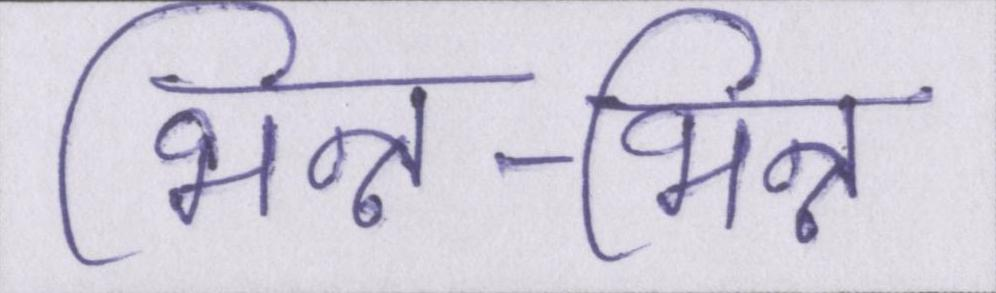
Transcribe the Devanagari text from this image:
भिन्न-भिन्न